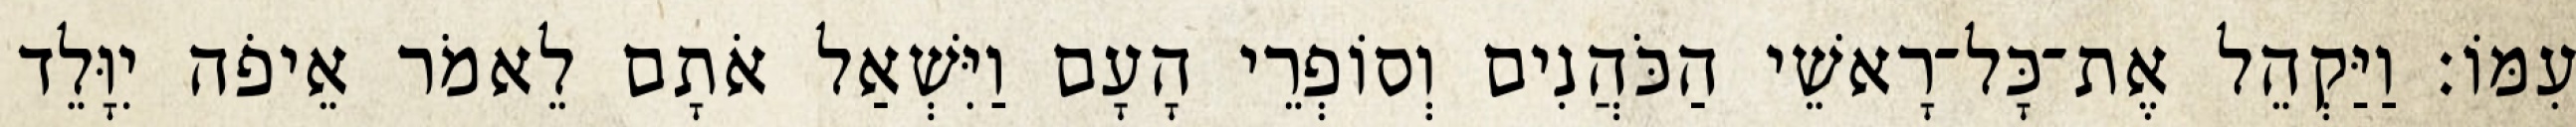
עִמּוֹ׃ וַיַּקְהֵל אֶת־כָּל־רָאשֵׁי הַכֹּהֲנִים וְסוֹפְרֵי הָעָם וַיִּשְׁאַל אֹתָם לֵאמֹר אֵיפֹה יִוָּלֵד